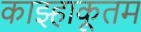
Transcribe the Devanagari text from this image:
काझ्हाकूतम